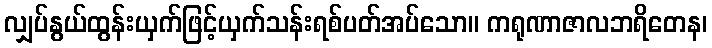
လျှပ်နွယ်ထွန်းယှက်ဖြင့်ယှက်သန်းရစ်ပတ်အပ်သော။ ကရုဏာဇာလဘရိတေန၊